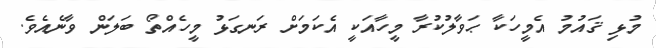
މުޅި ޤައުމު އެމީހަކާ ޙަވާލުކުރާ މީހާއަކީ އެކަމަށް ރަނގަޅު މީހެއްތޯ ބަލަން ވާނެއެވެ.